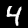
Digit: 4